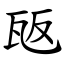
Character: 瓪